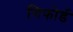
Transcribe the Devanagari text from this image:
गिफोर्ड